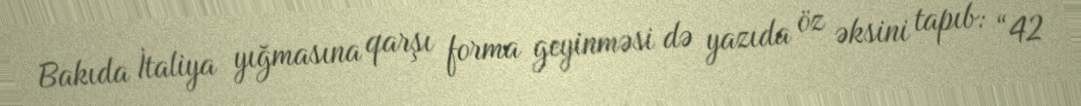
Bakıda İtaliya yığmasına qarşı forma geyinməsi də yazıda öz əksini tapıb: “42